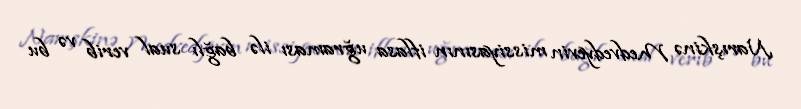
Narışkinə Medvedyevin missiyasının iflasa uğraması ilə bağlı sual verib və bu